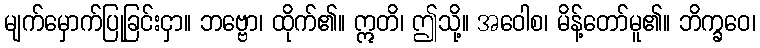
မျက်မှောက်ပြုခြင်းငှာ။ ဘဗ္ဗော၊ ထိုက်၏။ ဣတိ၊ ဤသို့။ အဝေါစ၊ မိန့်တော်မူ၏။ ဘိက္ခဝေ၊